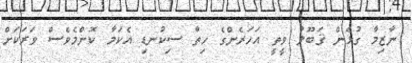
ނާޒިމާ ގުޅެން ޤަބޫލު ވީތީ އަހަރެންގެ ހިތާ ސިކުނޑި އެކަމާ ކޮންމެވެސް ވަރަކަށް